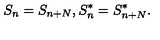
S _ { n } = S _ { n + N } , S _ { n } ^ { * } = S _ { n + N } ^ { * } .